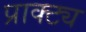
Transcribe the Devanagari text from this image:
प्राक्ट्य